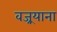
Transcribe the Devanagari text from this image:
वज्र्रयाना